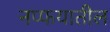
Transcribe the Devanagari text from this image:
नप्फयातील